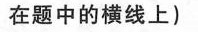
在题中的横线上)